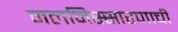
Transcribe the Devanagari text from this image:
मलनिस्सारणाची